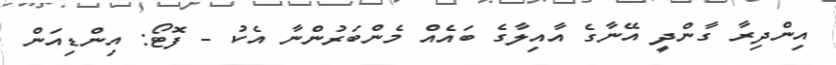
އިންދިރާ ގާންދީ އޭނާގެ އާއިލާގެ ބައެއް މެންބަރުންނާ އެކު - ފޮޓޯ: އިންޑިއަން